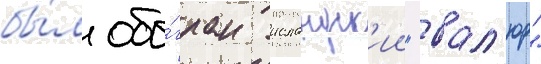
бы́л обы́гран исландск'ии "вал'юр"